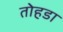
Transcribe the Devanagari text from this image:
तोहडा